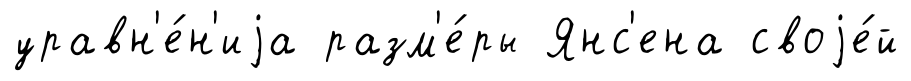
уравн'е́н'иjа разм'е́ры Янс'ена своjе́й